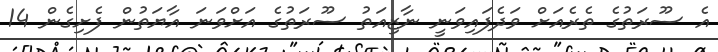
އެ ސޫރަތުގެ ތެރެއަށް ވަދެފައިވަނީ ނާޒިއަތު ސޫރަތުގެ އަށްވަނަ އާޔަތުން ފެށިގެން 14